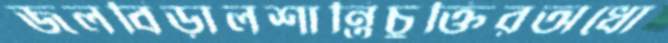
জলবিড়ালশান্তিচুক্তিরঅধো